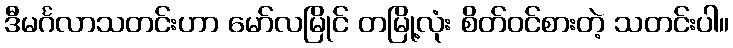
ဒီမင်္ဂလာသတင်းဟာ မော်လမြိုင် တမြို့လုံး စိတ်ဝင်စားတဲ့ သတင်းပါ။